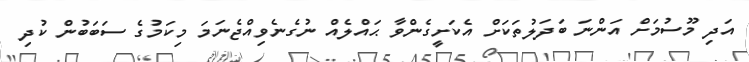
އަދި މޫސުމަށް އަންނަ ބަދަލުތަކަށް އެކަށީގެންވާ ޙައްލެއް ނުގެނެވިއްޖެނަމަ މިކަމުގެ ސަބަބުން ކުދި